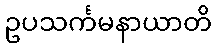
ဥပသင်္ကမနာယာတိ